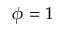
\phi = 1